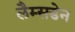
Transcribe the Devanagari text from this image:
लैम्सडेन